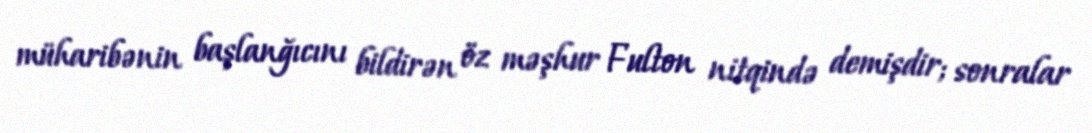
müharibənin başlanğıcını bildirən öz məşhur Fulton nitqində demişdir; sonralar